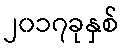
၂၀၁၇ခုနှစ်